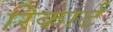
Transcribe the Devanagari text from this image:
रिकार्ट